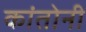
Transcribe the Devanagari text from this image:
कांतोनी